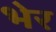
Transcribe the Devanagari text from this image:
भेर